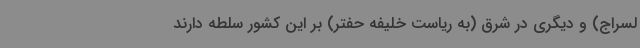
لسراج) و دیگری در شرق (به ریاست خلیفه حفتر) بر این کشور سلطه دارند